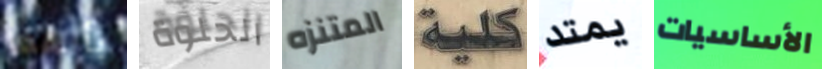
بأنهما الحلوة المتنزه كلية يمتد الأساسيات